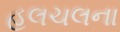
હલચલના